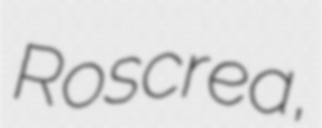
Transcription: Roscrea,